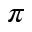
\pi